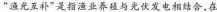
”渔光互补”是指渔业养殖与光伏发电相结合，在